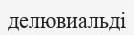
делювиальді